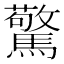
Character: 驚